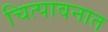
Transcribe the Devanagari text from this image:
चित्पावनात